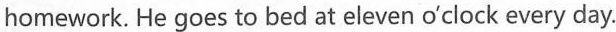
homework. He goes to bed at eleven o'clock every day.